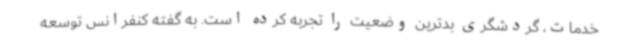
خدمات، گردشگری بدترین وضعیت را تجربه کرده است. به گفته کنفرانس توسعه